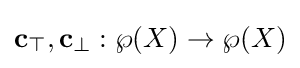
\mathbf {c} _{\top },\mathbf {c} _{\bot }:\wp (X)\to \wp (X)